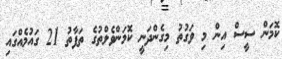
ކޮމަން ސީސް އިން މި ވަގުތު މިގެންދަނީ ކޮމަންވެލްތުގެ ތަފާތު 21 ގައުމެއްގައި